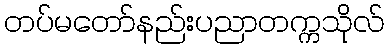
တပ်မတော်နည်းပညာတက္ကသိုလ်